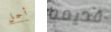
أجل قديمه